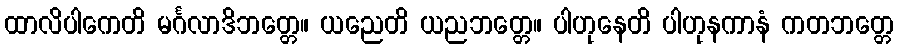
ထာလိပါကေတိ မင်္ဂလာဒိဘတ္တေ။ ယညေတိ ယညဘတ္တေ။ ပါဟုနေတိ ပါဟုနကာနံ ကတဘတ္တေ